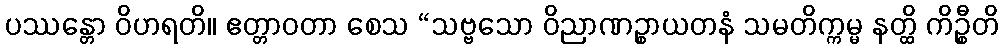
ပဿန္တော ဝိဟရတိ။ ဧတ္တာဝတာ စေသ “သဗ္ဗသော ဝိညာဏဉ္စာယတနံ သမတိက္ကမ္မ နတ္ထိ ကိဉ္စီတိ